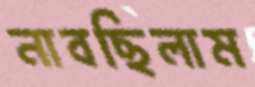
নাবছিলাম